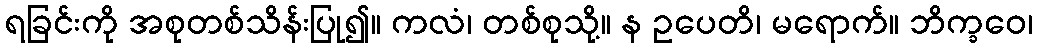
ရခြင်းကို အစုတစ်သိန်းပြု၍။ ကလံ၊ တစ်စုသို့။ န ဥပေတိ၊ မရောက်။ ဘိက္ခဝေ၊